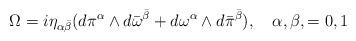
LaTeX: \begin{align*}\Omega =i\eta_{\alpha{\bar\beta}}(d\pi^\alpha\wedge d{\bar\omega}^{\bar\beta} + d{\omega}^{\alpha}\wedge d{\bar\pi}^{{\bar\beta}}), \quad \alpha,\beta,=0,1 \end{align*}